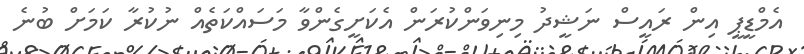
އެމްޑީޕީ އިން ރައީސް ނަޝީދު މިނިވަންކުރަން އެކަށީގެންވާ މަސައްކަތެއް ނުކުރާ ކަމަށް ބުނެ